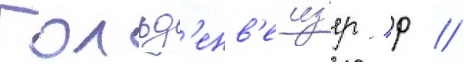
Гольд'енв'еиз'ер / р //